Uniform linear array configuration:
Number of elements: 48
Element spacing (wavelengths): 0.25
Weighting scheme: hann
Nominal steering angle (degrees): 15
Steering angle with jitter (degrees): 15.442
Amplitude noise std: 0.05
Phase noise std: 0.05

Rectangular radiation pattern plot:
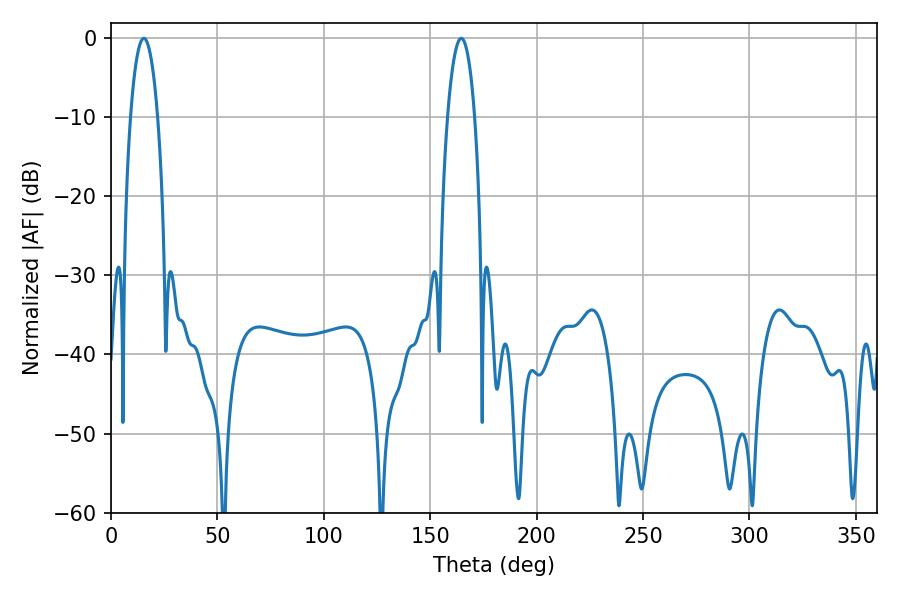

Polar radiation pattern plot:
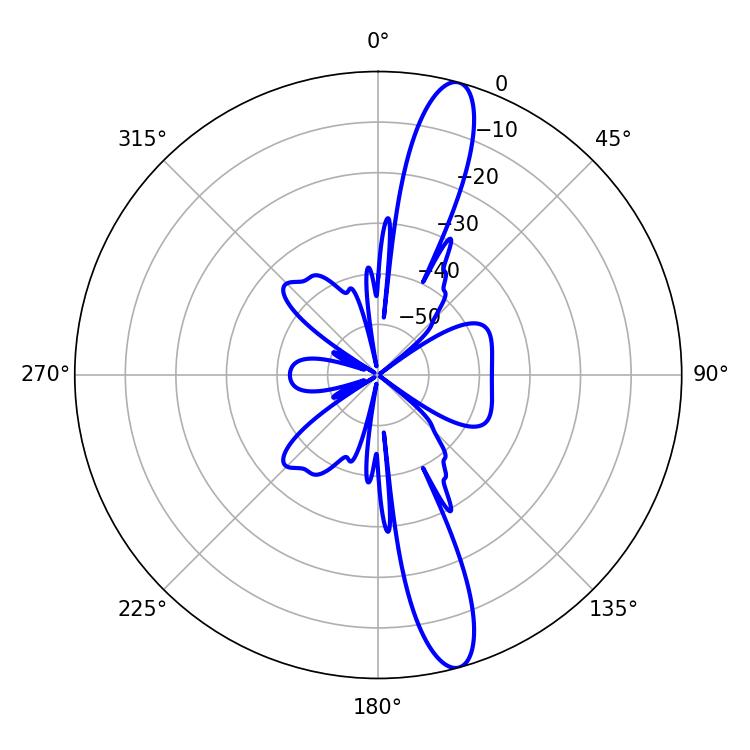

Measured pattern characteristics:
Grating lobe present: FALSE
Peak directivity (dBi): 14.504
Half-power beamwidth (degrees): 7.2
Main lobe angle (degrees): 164.52